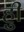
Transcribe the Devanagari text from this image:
हुी